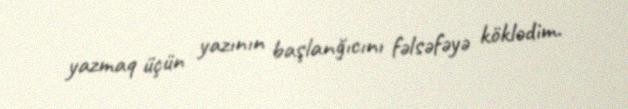
yazmaq üçün yazının başlanğıcını fəlsəfəyə köklədim.